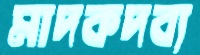
মাদকদব্য